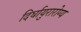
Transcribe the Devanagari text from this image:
दिर्घायुरारोग्य